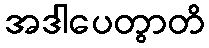
အဒါပေတွာတိ